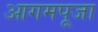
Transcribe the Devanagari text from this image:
आगमपूजा